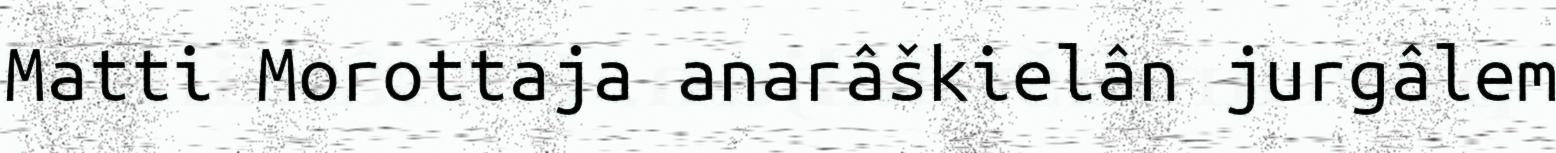
Matti Morottaja anarâškielân jurgâlem